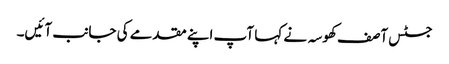
جسٹس آصف کھوسہ نے کہا آپ اپنے مقدمے کی جانب آئیں۔